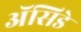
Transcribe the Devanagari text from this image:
ॲसिडे